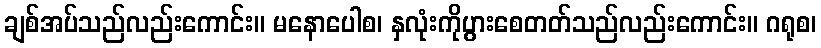
ချစ်အပ်သည်လည်းကောင်း။ မနောပေါစ၊ နှလုံးကိုပွားစေတတ်သည်လည်းကောင်း။ ဂရုစ၊